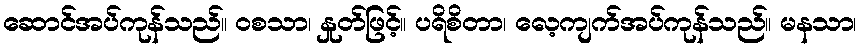
ဆောင်အပ်ကုန်သည်။ ဝစသာ၊ နှုတ်ဖြင့်။ ပရိစိတာ၊ လေ့ကျက်အပ်ကုန်သည်။ မနသာ၊